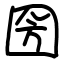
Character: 圀